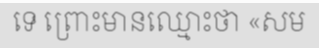
ទេ ព្រោះមានឈ្មោះថា «សម